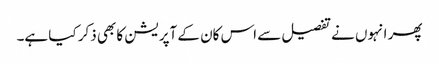
پھر انہوں نے تفصیل سے اس کان کے آپریشن کا بھی ذکر کیا ہے۔